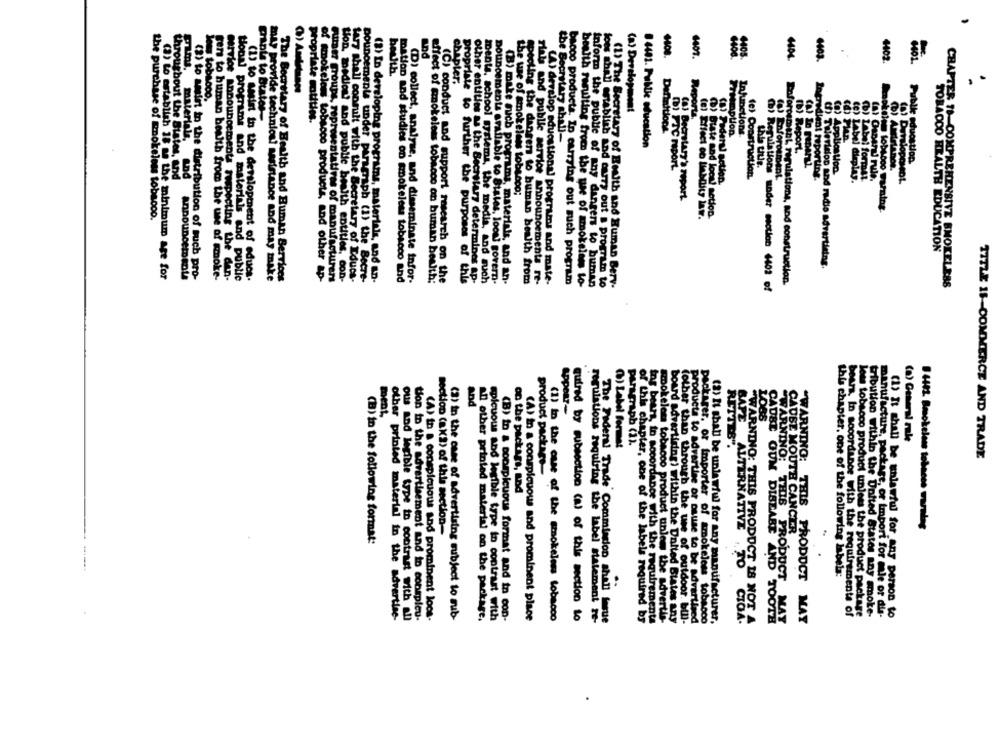
1407.
4402.
belth.
chapter.
ws tobloco.
(a) Development
Paola to Buster-
propriate notities.
Reports.
Definitions
Promotion.
Infunctions.
Pms. materials,
the Secretary ahali-
the use of smokeless
8 4401. Public education
(b) Report,
Public education
(B) FTC report.
(a) Application.
throughout the States, and
(8) Federal action
(e) Construction.
Enforosment
Ingredient reporting.
(e) LAbel display.
(b) LAbe: format.
OROMOL
tiens tobeapo;
(ai Becretary's report.
the purchase of mnokeless tobacco.
(D) Biste and look! motion.
TOBACCO HEALTH EDUCATION
d) Tuerision and radio advertising.
(3) to establish 18 me the minimum age for
(2) to assist in the distribution of such pro-
gens to human health from the use of smoke-
service announcements respecting the den-
Honal programs and materials and public
weist in the derslopment of educs.
may provide technios! sasistance and may make
The Bocretary of Health and Human Services
Atter groups, representatives of manufacturers
ton, medios? and public health entities, con-
tary shall consult with the Secretary of Educs-
(2) In developing programs, materials, and an-
mation and studies on smokeless tobacco and
(D) collect, analyse, and disseminate infor-
other entities as the Secretary determines ap-
tobacco products, and other ap-
Dounoements under paragraph (1) the Becre-
effect of smokeless tobacco an buman health;
(C) conduct and support research on the
propriate to further the purposes of this
ments, school systems, the media, and such
pouncements erafable to States, looni govern-
(B) make such programs, materials, and an-
apooling the dansen to buman bewith from
risks and public service announcementa re-
(A) develop educational programs and mate-
bacco products. Ip carrying out such program
health resulting from the use of smokeinns to-
inform the public of any dangers to buman
loes shall establish and carry out a program to
(1) The Secretary of Ewith and Human Berv.
Laforcement, regulations, and construction.
CHAPTER TO-COMPREHENSIVE SMOKELESS
(b) Regulations under section 4402 of
ment,
Appear-
BAFE
Paragraph (1).
(a) General rule
(%) Label format
RETTES".
WARNING:
"WARNING:
TITLE 15-COMMERCE AND TRADE
product package-
on the package, and
8 4401. Bookelem tobaoss warning
section (a X2) of this section-
CAUSE MOUTH CANCER
(B) in the following format:
4444
this chapter. one of the following isbela:
ALTERNATIVE TO CO
other printed material in the advertise-
ton to the advertisement and to conspicu-
(3) in the case of advertising subject to sub-
spicuous and legible type in contrast with
(A) in a conspicuous and prominent place
bears. In sooordinge with the requirements of
less tobacco product unless the product package
tribution within the United States any smoke-
manufacture, package, or Import for mle or die-
(1) It shall be unlawful for any person to
ous and legible type to contrast with All
(A) in a conspicuous and prominent loos-
an other printed material on the package.
(B) to a conspicuous format and in con-
(1) In the case of the sznokelem tobacco
quired by subsection (a) of this section to
regulations requiring the label statement re-
The Federal Trade Commission shall farue
of this chapter, one of the labels required by
ing bears, to accordance with the requirements
les tobacco product unlow the advertis-
board advertising) within the United States any
(other than through the use of outdoor. bill-
products to advertise or pause to be advertised
packager, or Importer of smokeless tobacco
(a) It shall be unlawful for any manufacturer.
CADBI GUM DISEASE AND TOOTH
THIS PRODUCT MAY
MAY
THIS PRODUCT MAY